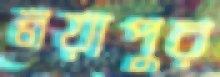
নয়াপুর